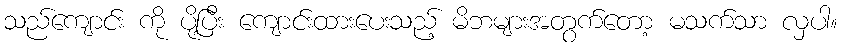
သည်ကျောင်း ကို ပို့ပြီး ကျောင်းထားပေးသည့် မိဘများအတွက်တော့ မသက်သာ လှပါ။